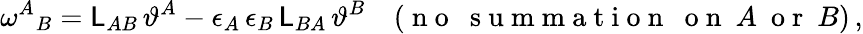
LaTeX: \omega^{A}{}_{B}=\mathsf{L}_{AB}\, \vartheta^{A}-\epsilon_{A}\, \epsilon_{B}\, \mathsf{L}_{BA}\, \vartheta^{B}\quad(\mathrm{~n~o~~~s~u~m~m~a~t~i~o~n~~~o~n~}~A~\mathrm{~o~r~}~B)\, ,